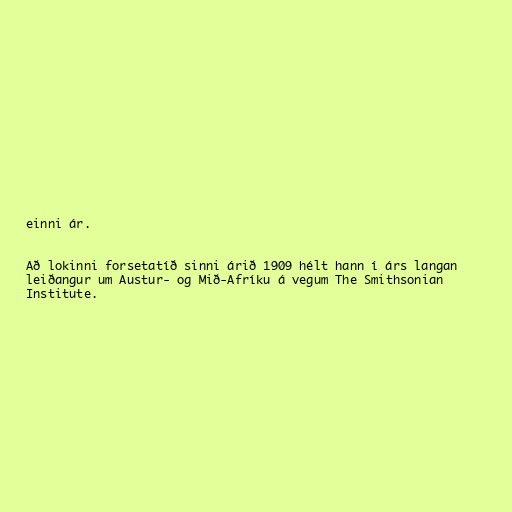
einni ár.

Að lokinni forsetatíð sinni árið 1909 hélt hann í árs langan
leiðangur um Austur- og Mið-Afríku á vegum The Smithsonian
Institute.